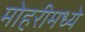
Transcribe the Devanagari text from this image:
मोहरीमध्ये